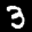
Label: 3